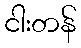
ငါးတန်